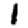
Digit: 1